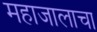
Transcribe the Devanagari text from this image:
महाजालाचा